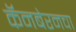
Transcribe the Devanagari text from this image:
कॅनबेरनचा